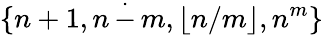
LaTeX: \{ n+1,n\, {\stackrel{.}{-}}\, m,\lfloor n/m\rfloor,n^{m}\}